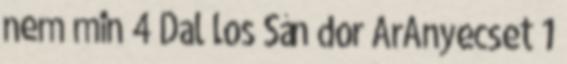
nem min 4 Dal los Sán dor ArAnyecset 1